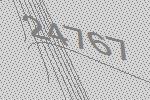
24767